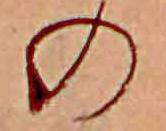
の